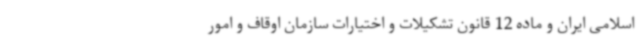
اسلامی ایران و ماده 12 قانون تشکیلات و اختیارات سازمان اوقاف و امور